NAE_EAA_T-354_Tartu_Tamme_Gumnaasium, lk 20
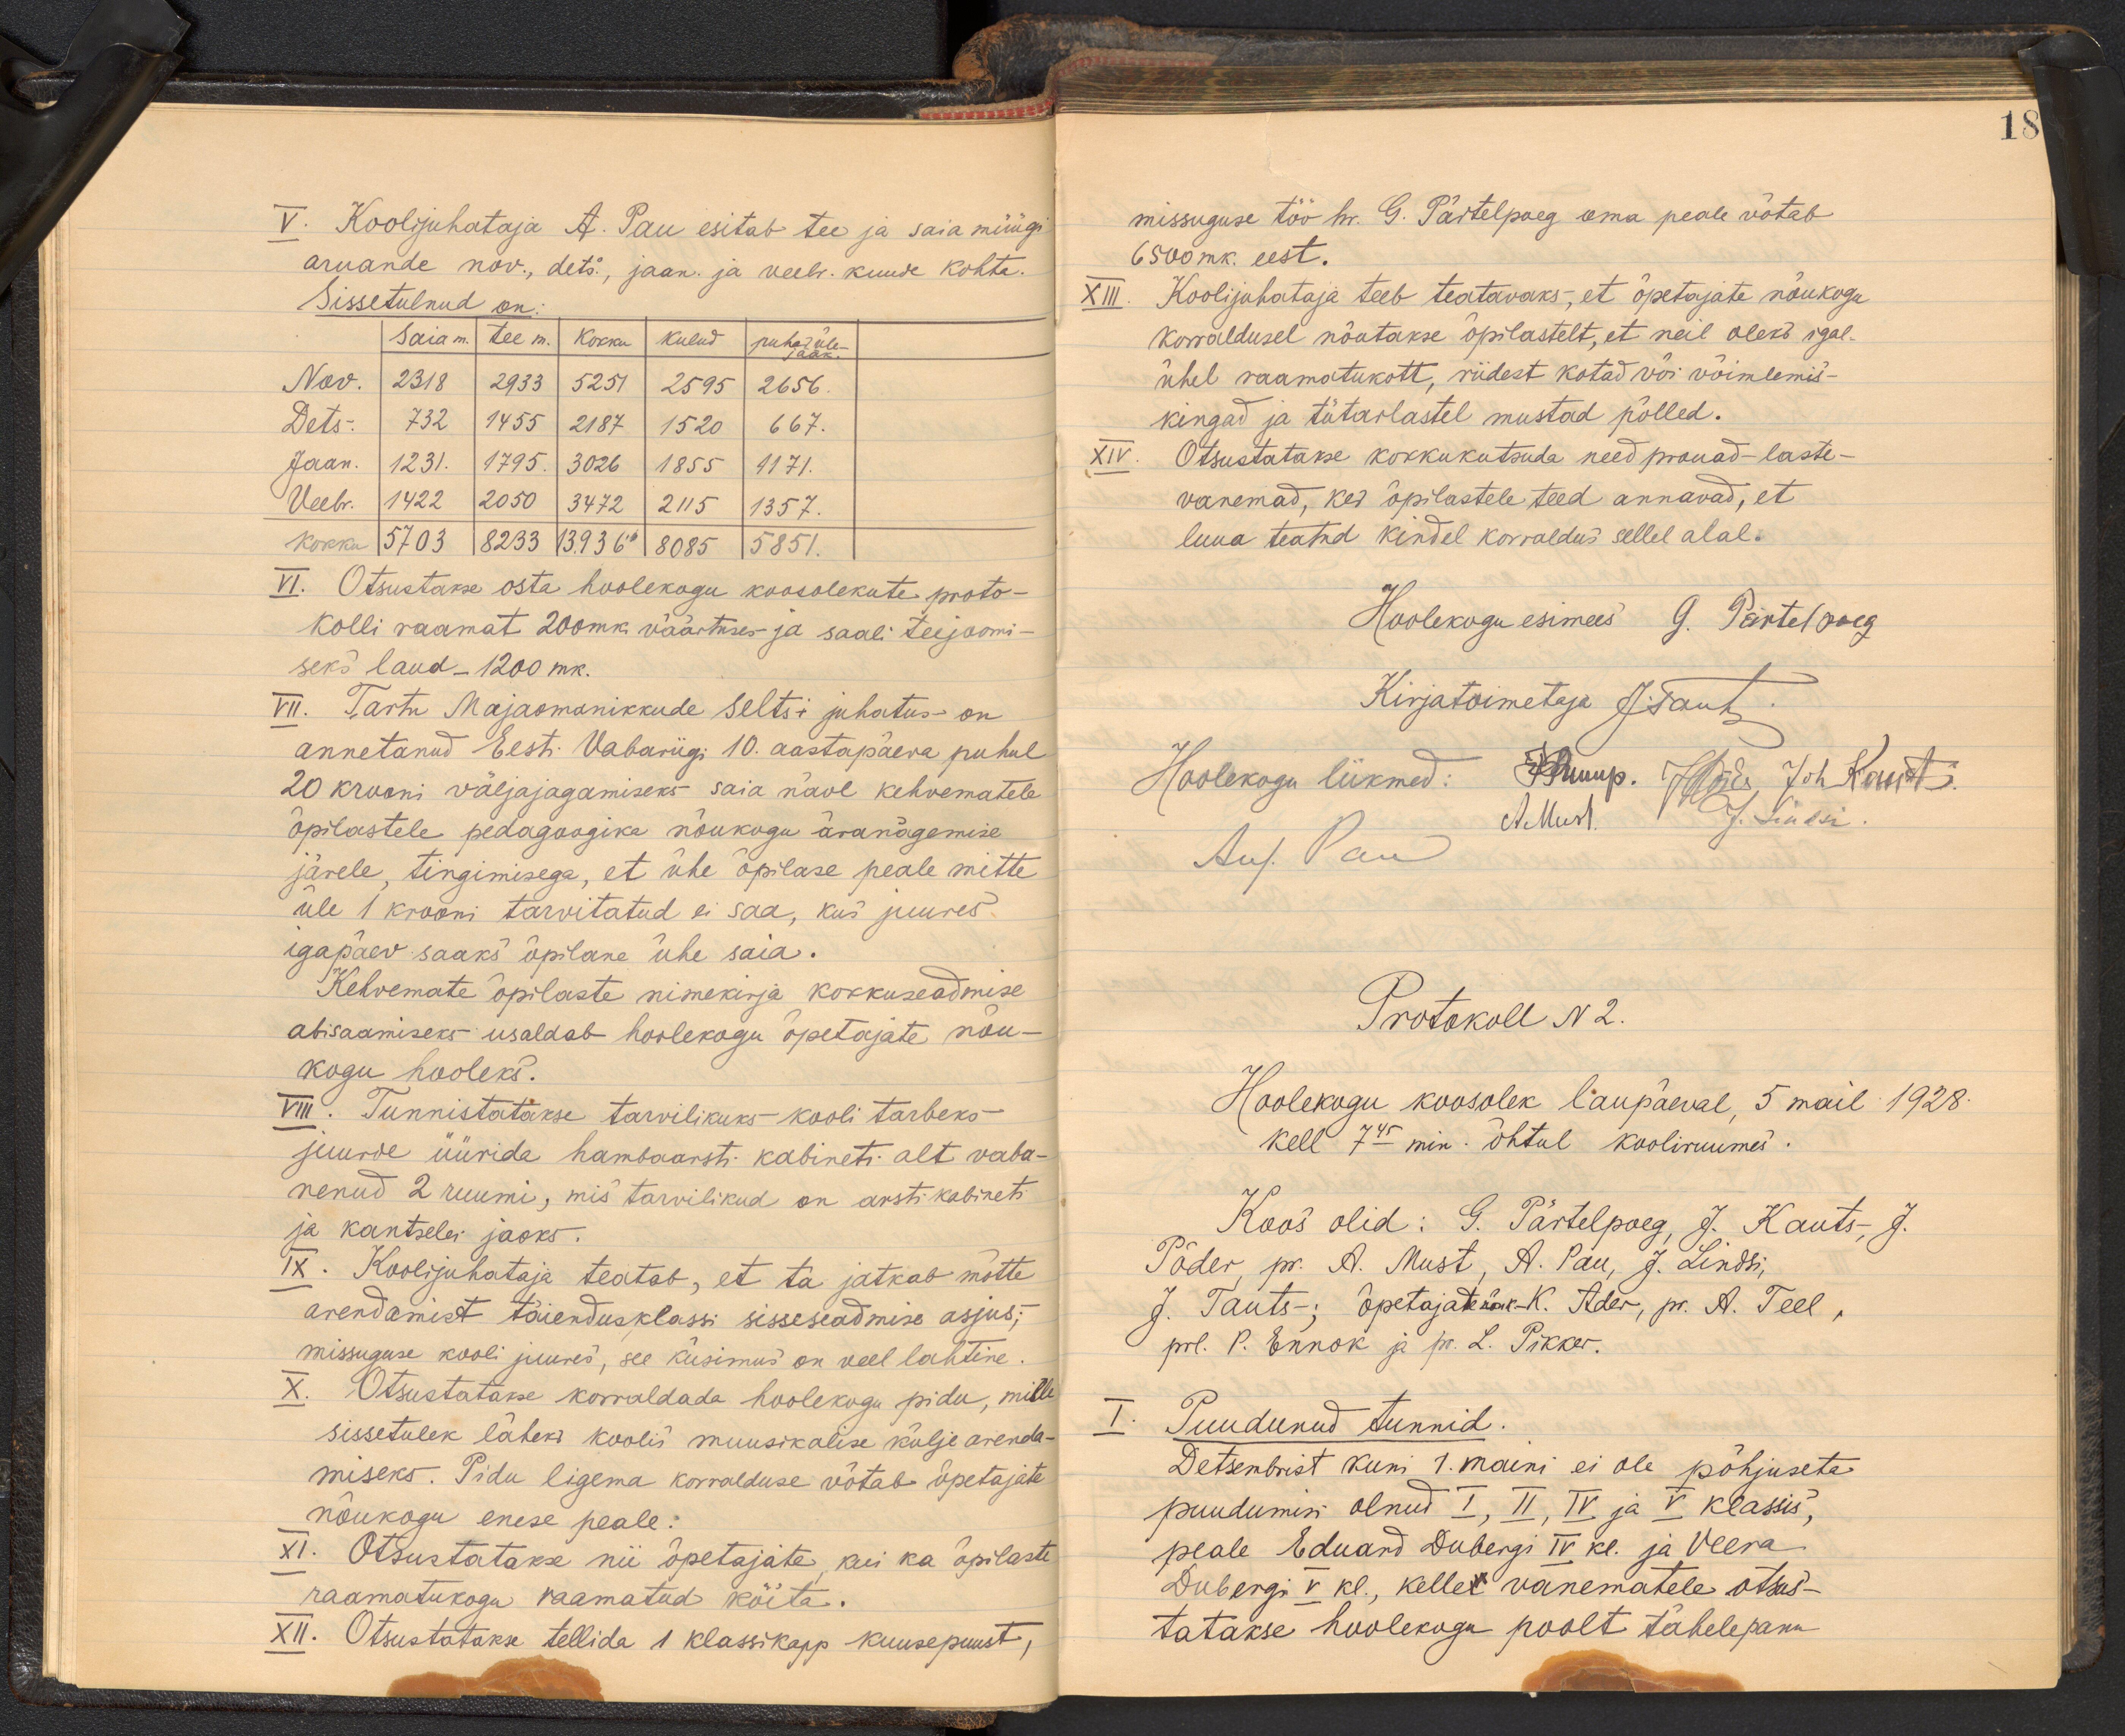
18

V. Koolijuhataja A. Pau esitab tee ja saia müügi
aruande nov., dets., jaan. ja veebr. kuude kohta.
Sissetulnud on:
Saia m. tee m. kokku kulud puhas üle-
jääk.
Nov. 2318 2933 5251 2595 2656.
Dets. 732 1455 2187 1520 667.
Jaan. 1231. 1795. 3026 1855 1171.
Veeb. 1422 2050 3473 2115 1357.
Kokku 5703 82331 3936 8085 5851.
VI. Otsustakse osta hoolekogu koosolekute proto-
Kolli raamat 200 mk. väärtuses ja saali teejoomi-
seks laud - 1200 mk.
VII. Tartu Majaomanikkude Seltsi juhatus on
annetanud Eesti Vabariigi 10. aastapäeva puhul
20 krooni väljajagamiseks saia näol kehvematele
õpilastele pedagoogika nõukogu äranägemise
järele tingimisega, et ühe õpilase peale mitte
üle 1 krooni tarvitatud ei saa, kus juures
igapäev saaks õpilane ühe saia.
Kehvemate õpilaste nimekirja kokkuseadmise
abisaamiseks usaldab hoolekogu õpetajate nõu-
kogu hooleks.
VIII. Tunnistatakse tarvilikuks kooli tarbeks
juurde üüride hambaarsti kabineti alt vaba-
nenud 2 ruumi, mis tarvilikud on arstikabineti
ja kantselei jaoks.
IX. Koolijuhataja teatab, et ta jatkab mõtte
arendamist täiendusklassi sisseseadmise asjus;
missuguse kooli juures, see küsimus on veel lahtine.
X. Otsustatakse korraldada hoolekogu pidu, mille
sissetulek läheks koolis muusikalise külje arenda-
miseks. Pidu ligema korralduse võtab õpetajate
nõukogu enese peale:
XI. Otsustatakse nii õpetajate, kui ka õpilaste
raamatukoguraamatud köita.
XII. Otsustatakse tellida 1 klassikapp kuusepuust,

missuguse töö hr. G. Pärtelpoeg oma peale võtab
6500 mk. eest.
XIII. Koolijuhataja teeb teatavaks, et õpetajate nõukogu
Korraldusel nõutakse õpilastelt, et neil oleks igal-
ühel raamatukott, riidest kotad või wõimlemis-
kingad ja tütarlastel mustad põlled.
XIV. Otsustatakse kokkukutsuda need prouad - laste-
vanemad, kes õpilastele teed annavad, et
luua teatud kindel korraldus sellel alal.
Hoolekogu esimees G. Pärtelpoeg
Kirjatoimetaja J. Tauts
Hoolekogu liikmed: Puhuup. Jõrde, Joh. Kauti
A Must J. Lindsi.
Aug Pau
Protokoll N2.
Hoolekogu koosolek laupäeval, 5 mail 1928.
kell 7.45 min õhtul kooliruumes.
Koos olid: G. Pärtelpoeg, J. Kauts-, J.
Põder, pr. A. Must, A. Pau, J. Lindsi,
J. Tauts -: õpetajatenõuk.-K. Ader, pr. A. Teel,
prl. P. Ennok ja pr. L. Pikker.
I. Puudunud tunnid.
Detsembrist kuni 1. maini ei ole põhjuseta
puudumisi olnud I, II, IV ja V klassis,
peale Eduard Dubergi IV kl. ja Veera.
Dubergi V kl., kelle vanematele otsus-
tatakse hoolekogu poolt tähelepanu